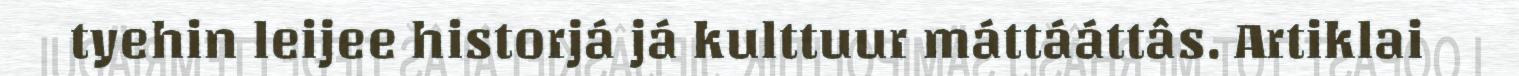
tyehin leijee historjá já kulttuur máttááttâs. Artiklai